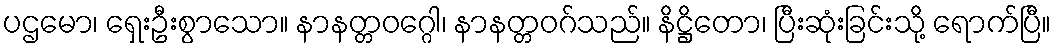
ပဌမော၊ ရှေးဦးစွာသော။ နာနတ္တဝဂ္ဂေါ၊ နာနတ္တဝဂ်သည်။ နိဋ္ဌိတော၊ ပြီးဆုံးခြင်းသို့ ရောက်ပြီ။